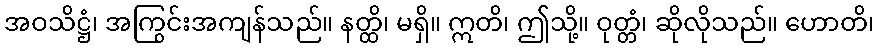
အဝသိဋ္ဌံ၊ အကြွင်းအကျန်သည်။ နတ္ထိ၊ မရှိ။ ဣတိ၊ ဤသို့။ ဝုတ္တံ၊ ဆိုလိုသည်။ ဟောတိ၊